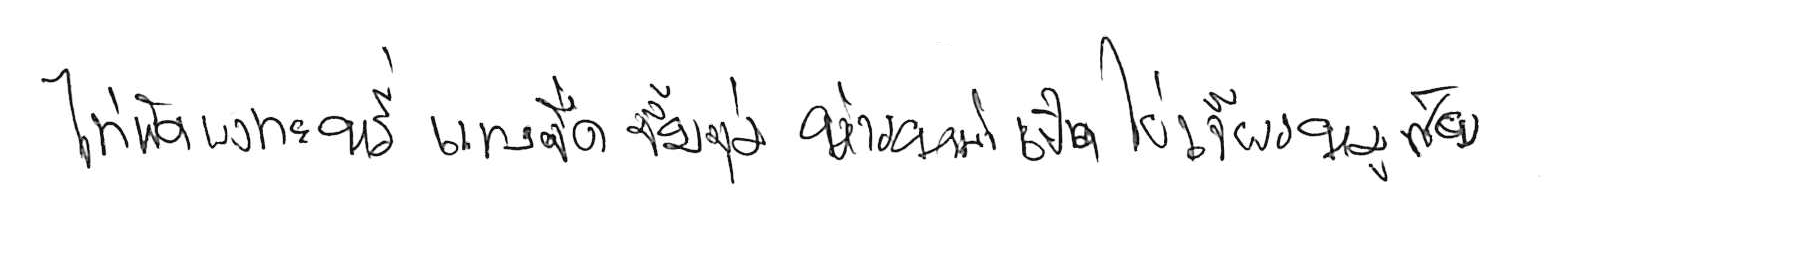
ไก่ผัดผงกะหรี่ แกงจืด จิ้มจุ่ม ข้าวหน้าเป็ด ไข่เจียวหมูสับ